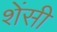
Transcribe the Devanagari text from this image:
शेंसी